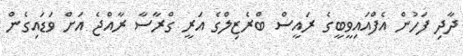
ދާދި ފަހުން އެފްއައިވީބީގެ ރައީސް ބްރެޒިލްގެ އަރީ ގްރާސާ ރާއްޖެ އަށް ވަޑައިގެން